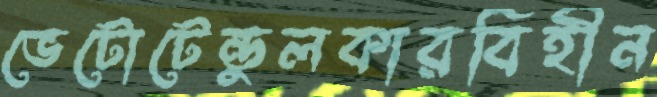
ভেটোটেন্ডুলকারবিহীন